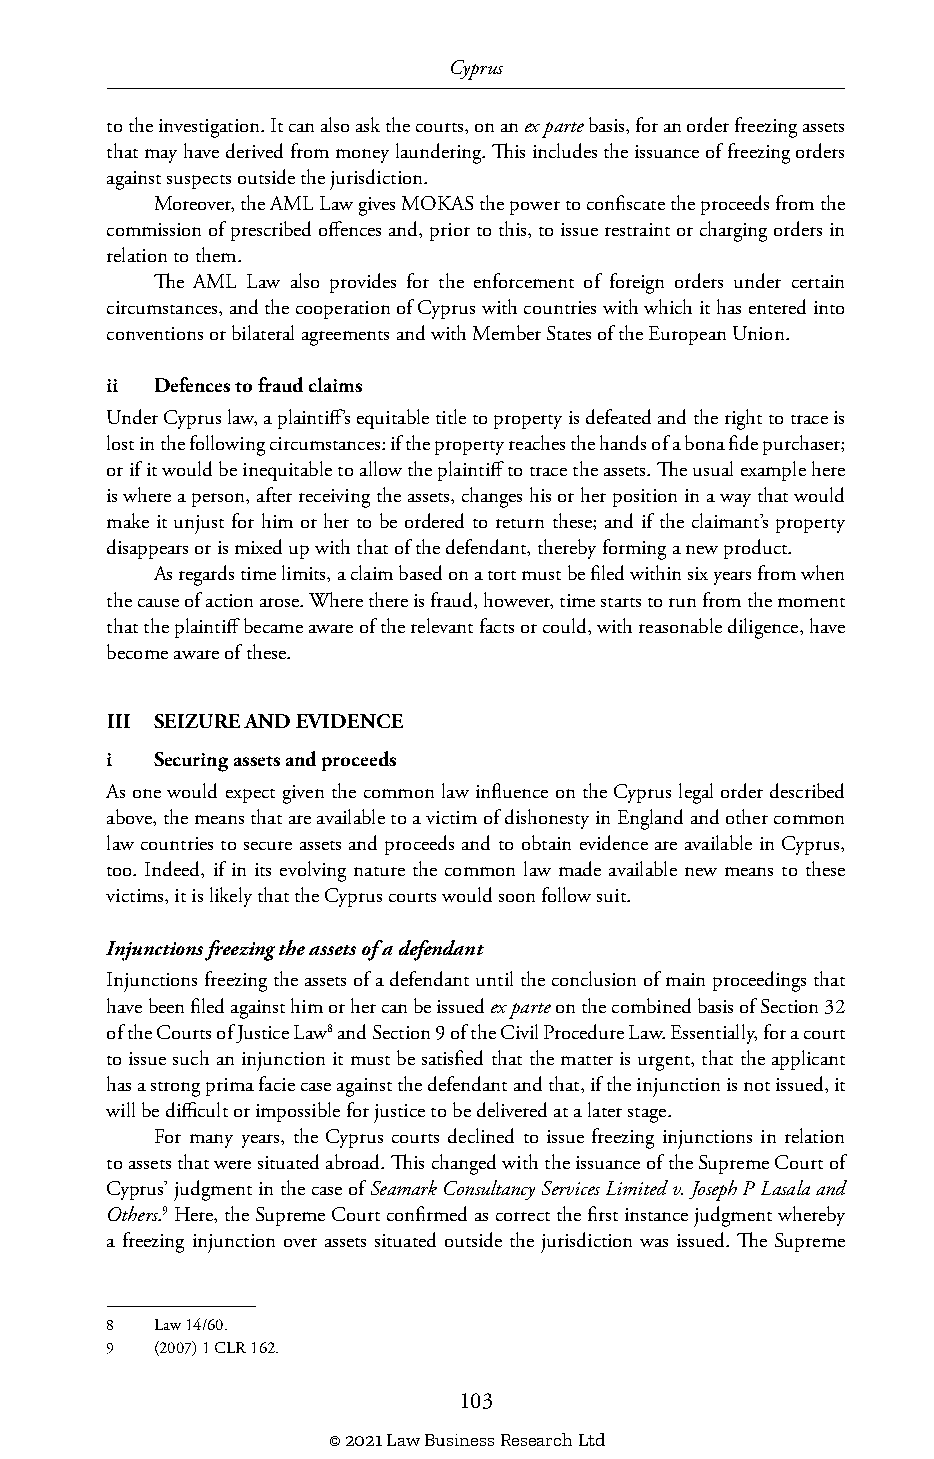
Cyprus
 to the investigation. It can also ask the courts, on an ex parte basis, for an order freezing assets
 that may have derived from money laundering. This includes the issuance of freezing orders
 against suspects outside the jurisdiction.
 Moreover, the AML Law gives MOKAS the power to confiscate the proceeds from the
 commission of prescribed offences and, prior to this, to issue restraint or charging orders in
 relation to them.
 The AML Law also provides for the enforcement of foreign orders under certain
 circumstances, and the cooperation of Cyprus with countries with which it has entered into
 conventions or bilateral agreements and with Member States of the European Union.
 ii Defences to fraud claims
 Under Cyprus law, a plaintiff’s equitable title to property is defeated and the right to trace is
 lost in the following circumstances: if the property reaches the hands of a bona fide purchaser;
 or if it would be inequitable to allow the plaintiff to trace the assets. The usual example here
 is where a person, after receiving the assets, changes his or her position in a way that would
 make it unjust for him or her to be ordered to return these; and if the claimant’s property
 disappears or is mixed up with that of the defendant, thereby forming a new product.
 As regards time limits, a claim based on a tort must be filed within six years from when
 the cause of action arose. Where there is fraud, however, time starts to run from the moment
 that the plaintiff became aware of the relevant facts or could, with reasonable diligence, have
 become aware of these.
 III SEIZURE AND EVIDENCE
 i  Securing assets and proceeds
 As one would expect given the common law influence on the Cyprus legal order described
 above, the means that are available to a victim of dishonesty in England and other common
 law countries to secure assets and proceeds and to obtain evidence are available in Cyprus,
 too. Indeed, if in its evolving nature the common law made available new means to these
 victims, it is likely that the Cyprus courts would soon follow suit.
 Injunctions freezing the assets of a defendant
 Injunctions freezing the assets of a defendant until the conclusion of main proceedings that
 have been filed against him or her can be issued ex parte on the combined basis of Section 32
 of the Courts of Justice Law8 and Section 9 of the Civil Procedure Law. Essentially, for a court
 to issue such an injunction it must be satisfied that the matter is urgent, that the applicant
 has a strong prima facie case against the defendant and that, if the injunction is not issued, it
 will be difficult or impossible for justice to be delivered at a later stage.
 For many years, the Cyprus courts declined to issue freezing injunctions in relation
 to assets that were situated abroad. This changed with the issuance of the Supreme Court of
 Cyprus’ judgment in the case of Seamark Consultancy Services Limited v. Joseph P Lasala and
 Others.9 Here, the Supreme Court confirmed as correct the first instance judgment whereby
 a freezing injunction over assets situated outside the jurisdiction was issued. The Supreme
 8  Law 14/60.
 9  (2007) 1 CLR 162.
 103
 © 2021 Law Business Research Ltd